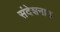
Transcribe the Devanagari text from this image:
संदेशनात